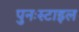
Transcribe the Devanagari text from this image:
पुनःस्टाइल